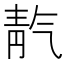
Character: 靔